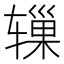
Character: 𬨓